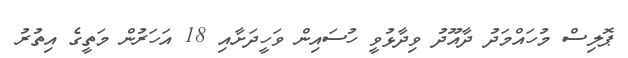
ޕޮލިސް މުހައްމަދު ދާއޫދު ވިދާޅުވީ ހުސައިން ވަހީދަށާއި 18 އަހަރުން މަތީގެ އިތުރު